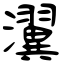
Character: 瀷